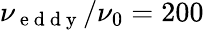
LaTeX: \nu_{\mathrm{~e~d~d~y~}}/\nu_{0}=200